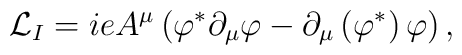
{\cal L}_{I}=ieA^{\mu }\left( \varphi ^{\ast }\partial _{\mu }\varphi-\partial _{\mu }\left( \varphi ^{\ast }\right) \varphi \right) ,